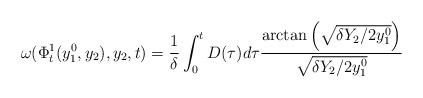
LaTeX: \begin{align*}\omega(\Phi_t^1(y_1^0,y_2),y_2,t)=\frac{1}{\delta}\int_0^t D(\tau)d\tau\frac{\arctan\left(\sqrt{\delta Y_2/2y_1^0}\right)}{\sqrt{{\delta Y_2}/{2y_1^0}}}\end{align*}